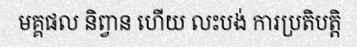
មគ្គផល និព្វាន ហើយ លះបង់ ការប្រតិបត្តិ